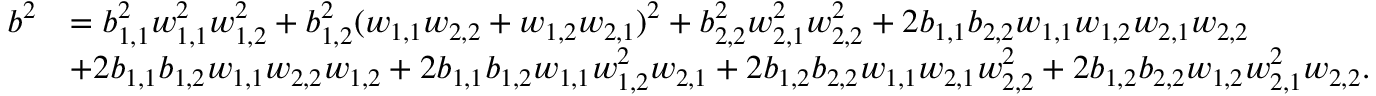
\begin{array} { r l } { b ^ { 2 } } & { = b _ { 1 , 1 } ^ { 2 } w _ { 1 , 1 } ^ { 2 } w _ { 1 , 2 } ^ { 2 } + b _ { 1 , 2 } ^ { 2 } ( w _ { 1 , 1 } w _ { 2 , 2 } + w _ { 1 , 2 } w _ { 2 , 1 } ) ^ { 2 } + b _ { 2 , 2 } ^ { 2 } w _ { 2 , 1 } ^ { 2 } w _ { 2 , 2 } ^ { 2 } + 2 b _ { 1 , 1 } b _ { 2 , 2 } w _ { 1 , 1 } w _ { 1 , 2 } w _ { 2 , 1 } w _ { 2 , 2 } } \\ & { + 2 b _ { 1 , 1 } b _ { 1 , 2 } w _ { 1 , 1 } w _ { 2 , 2 } w _ { 1 , 2 } + 2 b _ { 1 , 1 } b _ { 1 , 2 } w _ { 1 , 1 } w _ { 1 , 2 } ^ { 2 } w _ { 2 , 1 } + 2 b _ { 1 , 2 } b _ { 2 , 2 } w _ { 1 , 1 } w _ { 2 , 1 } w _ { 2 , 2 } ^ { 2 } + 2 b _ { 1 , 2 } b _ { 2 , 2 } w _ { 1 , 2 } w _ { 2 , 1 } ^ { 2 } w _ { 2 , 2 } . } \end{array}